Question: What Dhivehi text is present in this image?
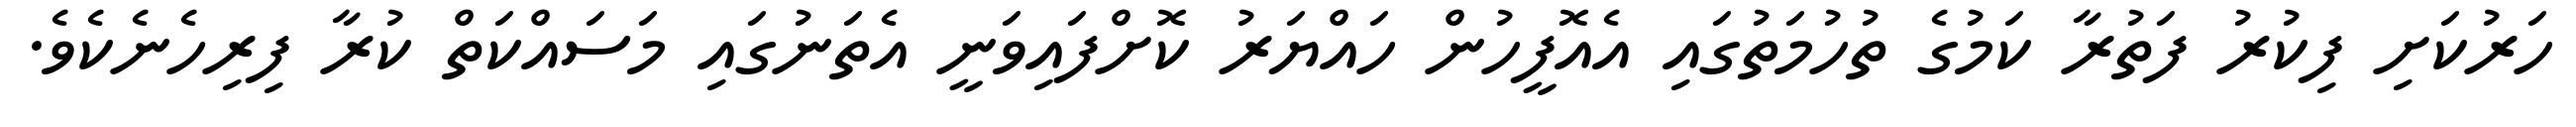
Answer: ހަރުކަށި ފިކުރު ފަތުރާ ކަމުގެ ތުހުމަތުގައި އެއޮފީހުން ހައްޔަރު ކޮށްފައިވަނީ އެތަނުގައި މަސައްކަތް ކުރާ ފިރިހެނެކެވެ.